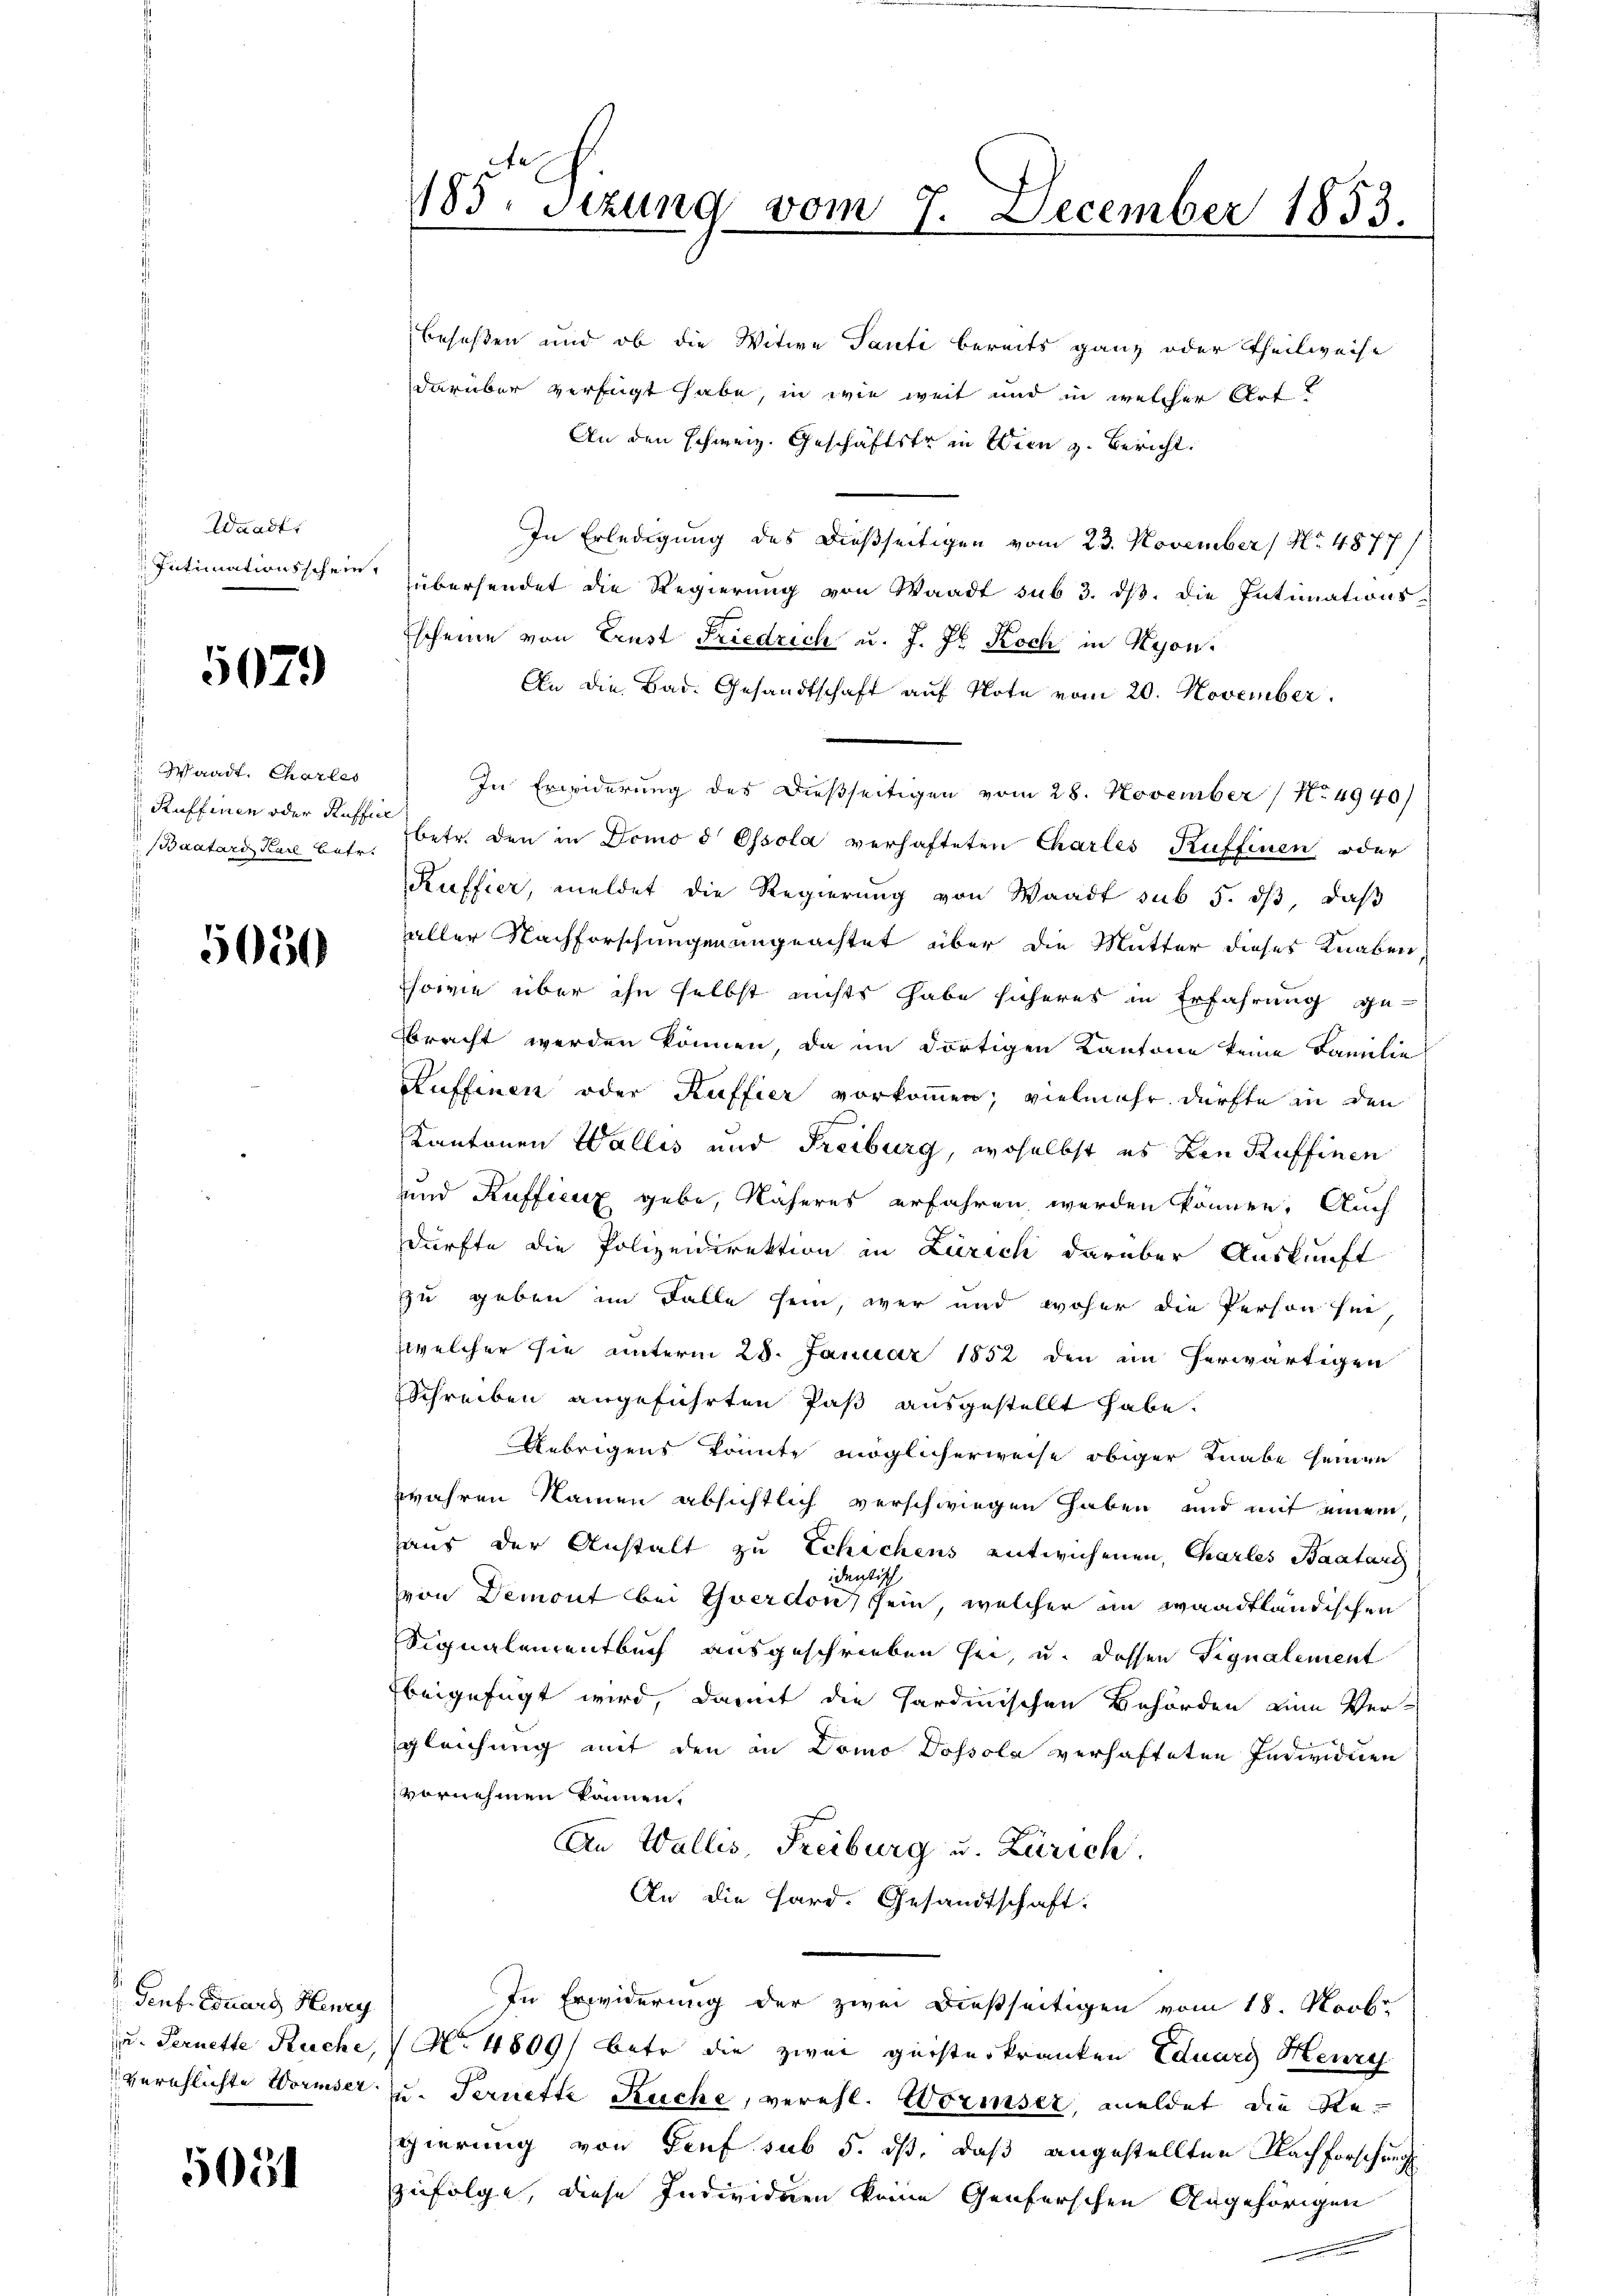
Waadt,

5079

Waadt, Charlas
Ruffinen oder Raffice

5050

Gent. Coburg Henry

5654

185. Sezung vom 7. December 1853.

beseßen und ob die Witwe Tanti bereits ganz oder Theilweise
darüber verfügt habe, in wie weit und in welcher Art
An den schweiz. Geschäftstr in Wien z. Bericht.
In Erledigung des dießseitigen vom 23. November No. 4877/
Intimationsschein übersendet die Regierung von Waadt sub 3. dß. die Intimations¬
Escheine von Ernst Friedrich u. J. Jb. Koch in Kyon.
An die Bad. Gesandtschaft auf Note vom 20. November.
In Erwiderung des dießseitigen vom 28. November No 4940/
aatars der betr. betr. den in Domo d Ossola verhafteten Charles Kuffinen oder
Kuffier, meldet die Regierung von Waadt sub 5. ds, daß
aller Nachforschungen angeachtet über die Mutter dieser Knaben
sowie über ihn selbst nichts habe sicheres in Erfahrung gebracht werden können, da im dortigen Kantone keine Familie
Kuffenen oder Kuffier vorkommen; vielmehr dürfte in den
Kantonen Wallis und Freiburg, woselbst es den Ruffinen
und Kuffieux gebe, Näheres erfahren werden können. Auch
dürfte die Polizeidirektion in Zürich darüber Auskunft
zu geben im Falle sein, wer und woher die Person sei
(welcher sie unterm 28. Januar 1852 den in herwärtigen
Schreiben angeführten Paß ausgestellt habe.
Uebrigens konnte möglicherweise obiger Knabe seinen
wahren Namen absichtlich verschwiegen haben und mit einem
aus der Anstalt zu Schichens entwichenen Charles Baatare
identisch
von Demont bei Yverdon sein, welcher in waadtländischen
Signalementbuch ausgeschrieben sei, u. dessen Signalement
beigefügt wird, damit die Hardinischen Behörden eine Vergleichung mit den in Domo Dossola verhafteten Individuen
vornehmen können.
An Wallis, Freiburg u. Zürich.
An die Hard. Gesandtschaft.
In Erwiderung der zwei dießseitigen vom 18. Novbr
u. Fernette Ruche, (N. 4809) betr die zwei geisterkranken Eduarg Henry
verschlichte Wormser u. Ternette Kuche, verehl. Wormser, meldet die Regierung von Genf sub 5. ds, daß angestellten Nachforschung
zufolge, diese Individuen keine Genferschen Angehörigen